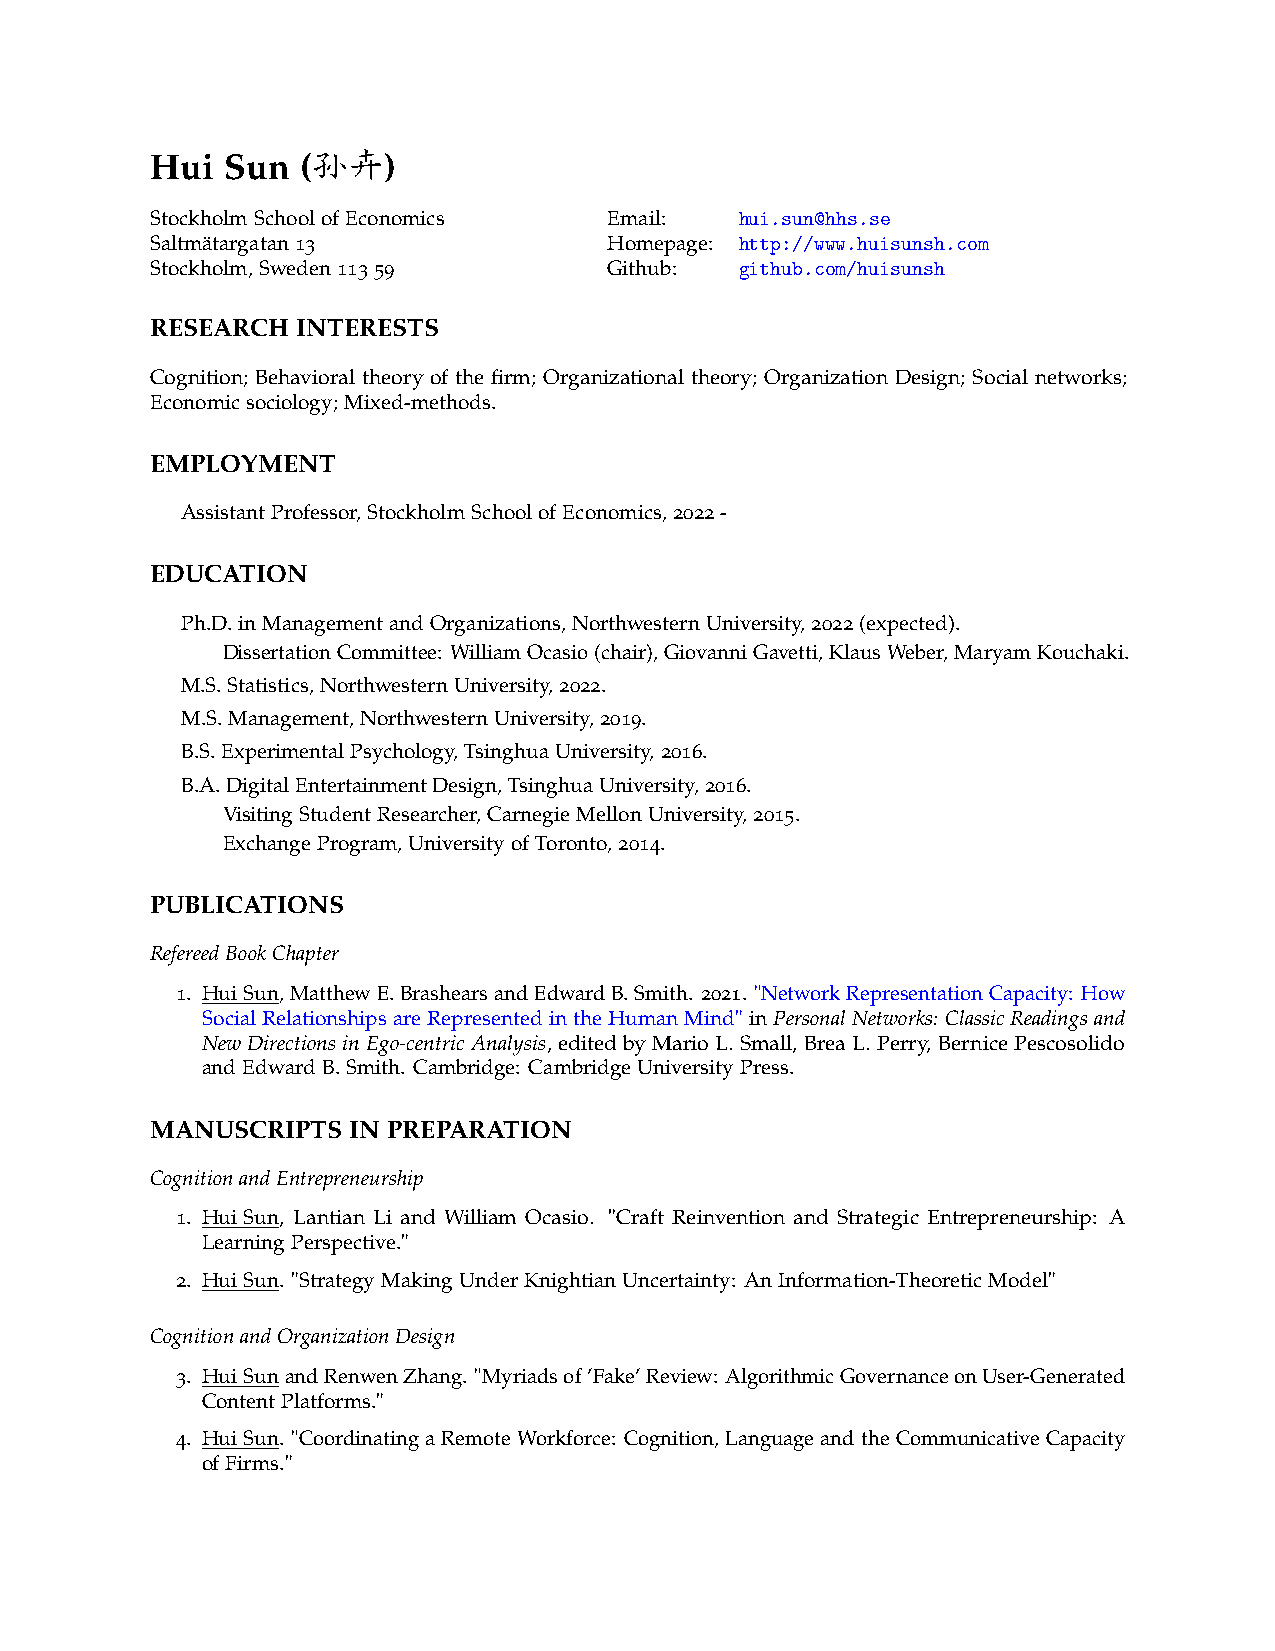
孙卉
 Hui  Sun  (    )
 StockholmSchoolofEconomics    Email:   hui.sun@hhs.se
 Saltmätargatan13              Homepage: http://www.huisunsh.com
 Stockholm,Sweden11359         Github:  github.com/huisunsh
 RESEARCH  INTERESTS
 Cognition; Behavioral theory of the firm; Organizational theory; Organization Design; Social networks;
 Economicsociology;Mixed-methods.
 EMPLOYMENT
 AssistantProfessor,StockholmSchoolofEconomics,2022-
 EDUCATION
 Ph.D.inManagementandOrganizations,NorthwesternUniversity,2022(expected).
 DissertationCommittee: WilliamOcasio(chair),GiovanniGavetti,KlausWeber,MaryamKouchaki.
 M.S.Statistics,NorthwesternUniversity,2022.
 M.S.Management,NorthwesternUniversity,2019.
 B.S.ExperimentalPsychology,TsinghuaUniversity,2016.
 B.A.DigitalEntertainmentDesign,TsinghuaUniversity,2016.
 VisitingStudentResearcher,CarnegieMellonUniversity,2015.
 ExchangeProgram,UniversityofToronto,2014.
 PUBLICATIONS
 RefereedBookChapter
 1. HuiSun,MatthewE.BrashearsandEdwardB.Smith. 2021. "NetworkRepresentationCapacity: How
 SocialRelationshipsareRepresentedintheHumanMind"inPersonalNetworks: ClassicReadingsand
 NewDirectionsinEgo-centricAnalysis, edited by Mario L. Small, Brea L. Perry, Bernice Pescosolido
 andEdwardB.Smith. Cambridge: CambridgeUniversityPress.
 MANUSCRIPTS  IN PREPARATION
 CognitionandEntrepreneurship
 1. HuiSun, Lantian Li and William Ocasio. "Craft Reinvention and Strategic Entrepreneurship: A
 LearningPerspective."
 2. HuiSun. "StrategyMakingUnderKnightianUncertainty: AnInformation-TheoreticModel"
 CognitionandOrganizationDesign
 3. HuiSunandRenwenZhang. "Myriadsof’Fake’Review: AlgorithmicGovernanceonUser-Generated
 ContentPlatforms."
 4. HuiSun. "CoordinatingaRemoteWorkforce: Cognition,LanguageandtheCommunicativeCapacity
 ofFirms."